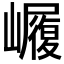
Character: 𭗫